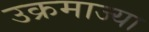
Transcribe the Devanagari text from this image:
उक्रमाज्या